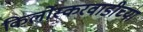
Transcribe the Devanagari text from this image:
किर्लोस्करवाडीच्या